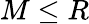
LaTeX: M\leq R